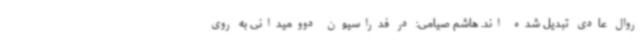
روال عادی تبدیل شده اند. هاشم صیامی: در فدراسیون دوومیدانی به روی